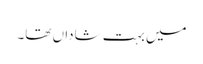
میں بہت شاداں تھا۔